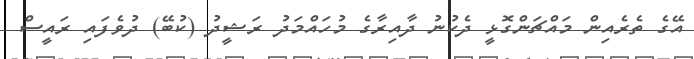
އޭގެ ތެރެއިން މައްޗަންގޮޅީ ދެކުނު ދާއިރާގެ މުހައްމަދު ރަޝީދު (ކުބޭ) ދުވެފައި ރައީސް